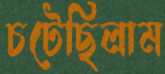
চটেছিলাম